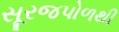
સૂરજપોળથી